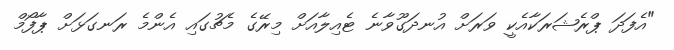
"އެފަދަ ޕްރެޝަރަކާއެކީ ވަރަށް އުނދަގޫވާނެ ޓެއިލާއަށް މިރޭގެ މެޗުގައި އެންމެ ރަނގަޅަށް ޕާފޯމް